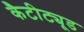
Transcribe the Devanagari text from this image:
कैटीट्यूड